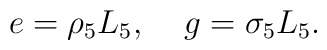
e = \rho_5 L_5,\;\;\;\; g = \sigma_5 L_5.